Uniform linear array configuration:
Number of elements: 4
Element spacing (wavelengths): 0.5
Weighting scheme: blackman
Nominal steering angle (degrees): -45
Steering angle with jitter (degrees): -45.016
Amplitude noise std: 0.05
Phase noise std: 0.05

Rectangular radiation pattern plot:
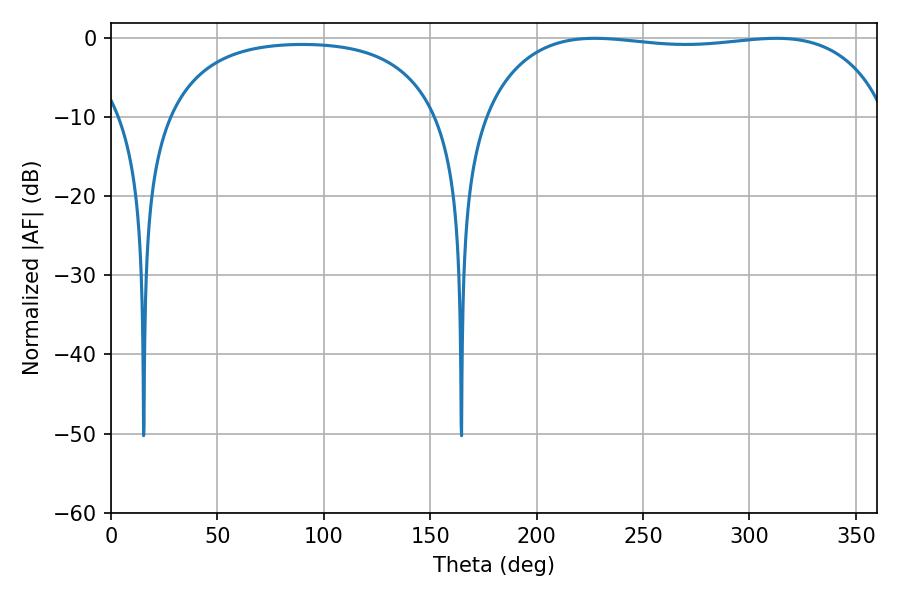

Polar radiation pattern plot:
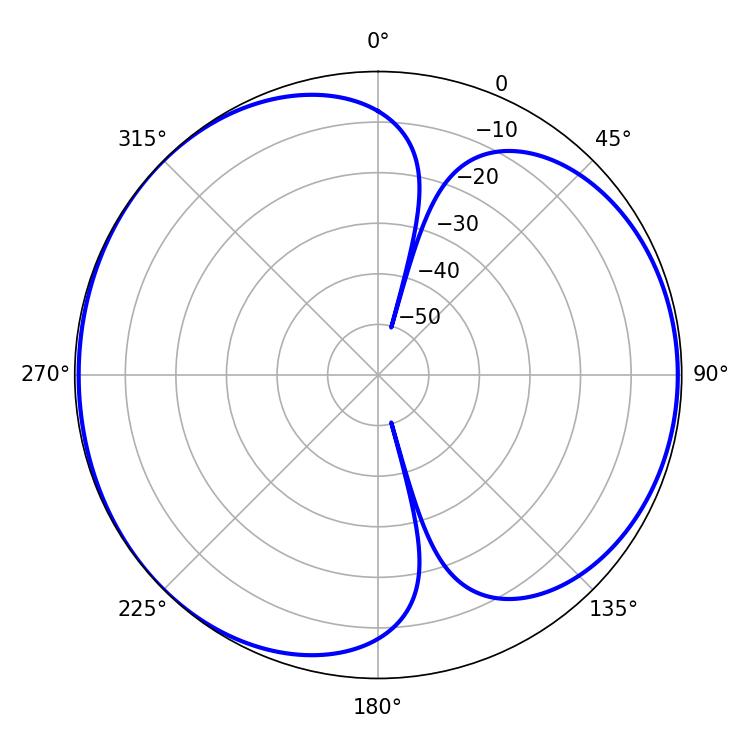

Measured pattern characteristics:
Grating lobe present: FALSE
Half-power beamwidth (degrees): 152.64
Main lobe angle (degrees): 227.34